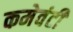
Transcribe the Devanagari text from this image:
कमेवंटी